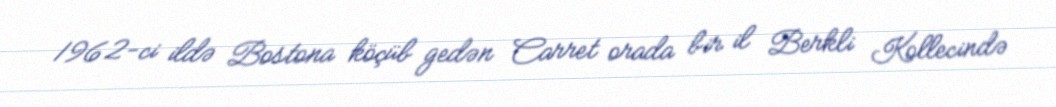
1962-ci ildə Bostona köçüb gedən Carret orada bir il Berkli Kollecində